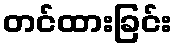
တင်ထားခြင်း